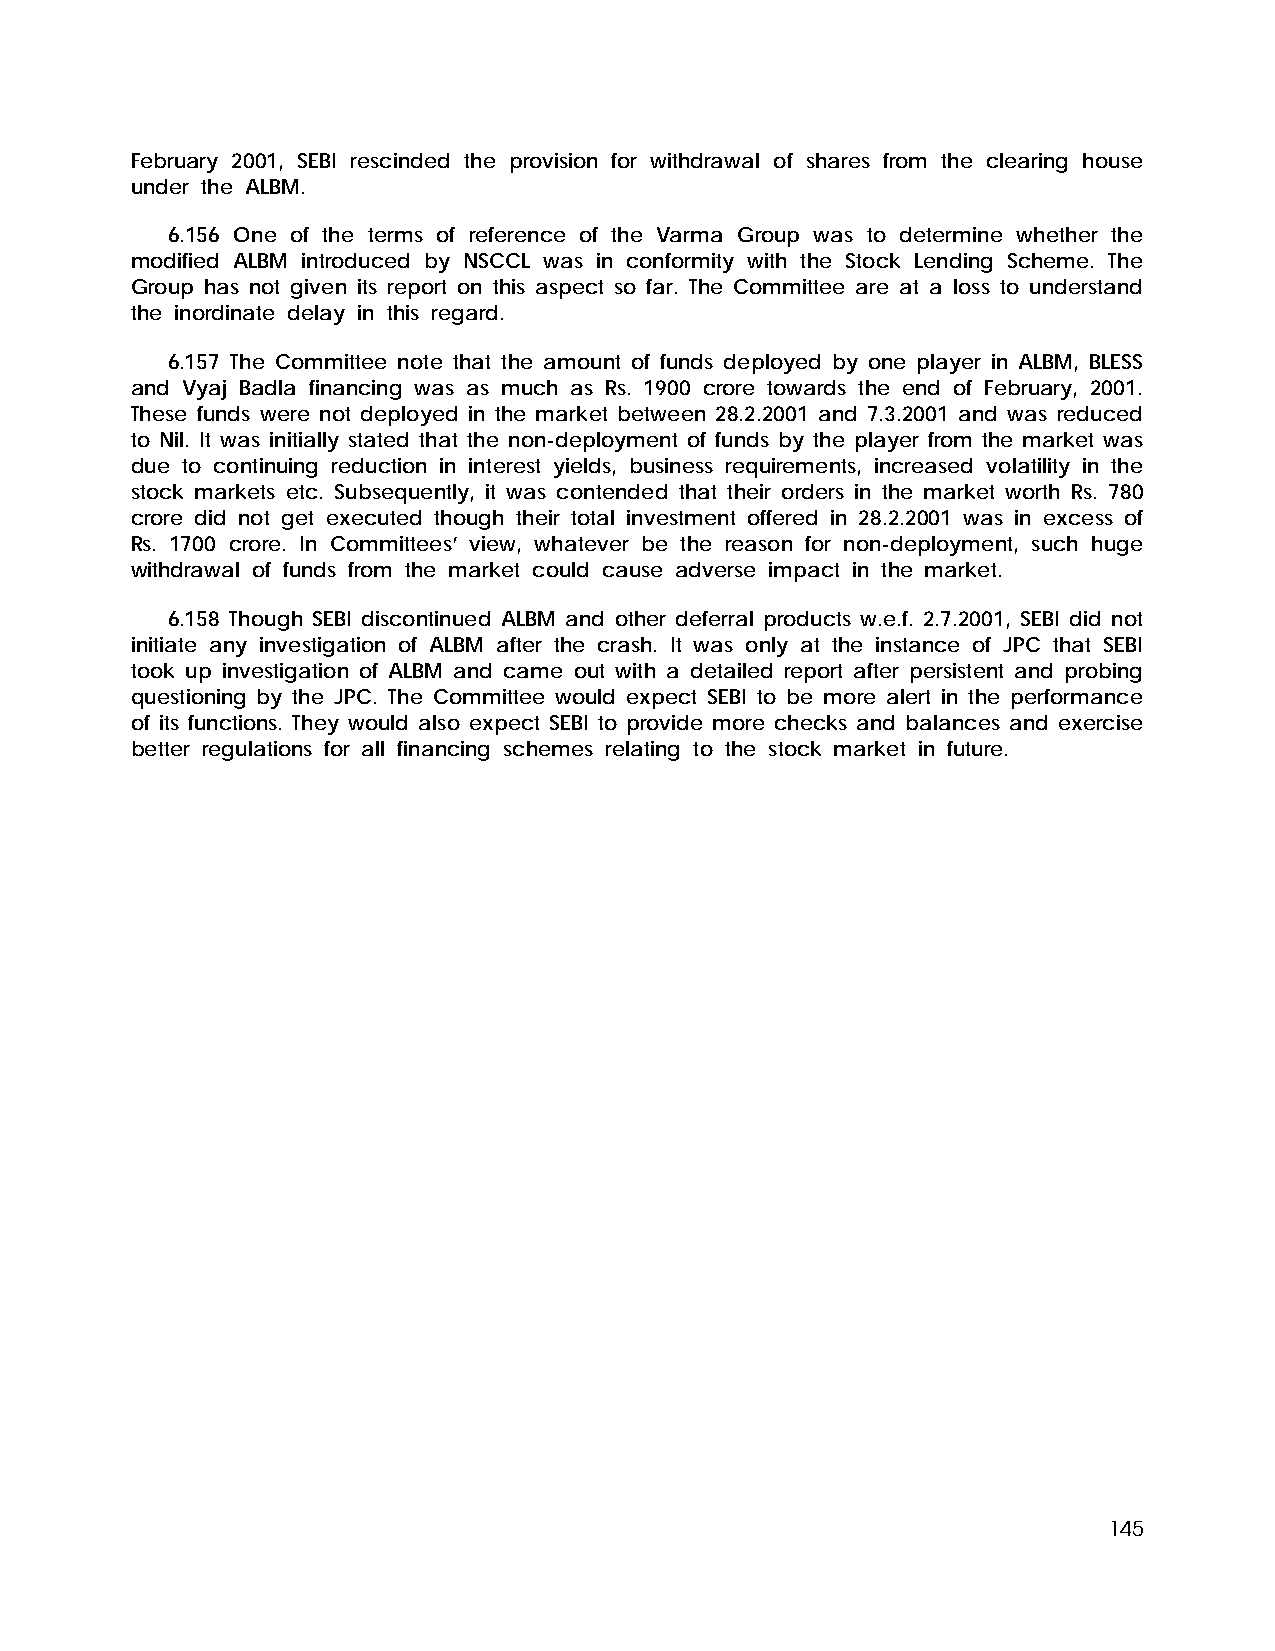
February 2001, SEBI rescinded the provision for withdrawal of shares from the clearing house
 under the ALBM.
 6.156 One of the terms of reference of the Varma Group was to determine whether the
 modified ALBM introduced by NSCCL was in conformity with the Stock Lending Scheme. The
 Group has not given its report on this aspect so far. The Committee are at a loss to understand
 the inordinate delay in this regard.
 6.157 The Committee note that the amount of funds deployed by one player in ALBM, BLESS
 and Vyaj Badla financing was as much as Rs. 1900 crore towards the end of February, 2001.
 These funds were not deployed in the market between 28.2.2001 and 7.3.2001 and was reduced
 to Nil. It was initially stated that the non-deployment of funds by the player from the market was
 due to continuing reduction in interest yields, business requirements, increased volatility in the
 stock markets etc. Subsequently, it was contended that their orders in the market worth Rs. 780
 crore did not get executed though their total investment offered in 28.2.2001 was in excess of
 Rs. 1700 crore. In Committees’ view, whatever be the reason for non-deployment, such huge
 withdrawal of funds from the market could cause adverse impact in the market.
 6.158 Though SEBI discontinued ALBM and other deferral products w.e.f. 2.7.2001, SEBI did not
 initiate any investigation of ALBM after the crash. It was only at the instance of JPC that SEBI
 took up investigation of ALBM and came out with a detailed report after persistent and probing
 questioning by the JPC. The Committee would expect SEBI to be more alert in the performance
 of its functions. They would also expect SEBI to provide more checks and balances and exercise
 better regulations for all financing schemes relating to the stock market in future.
 145